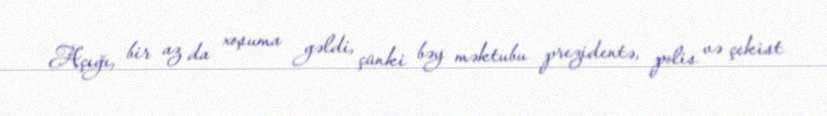
Açığı, bir az da xoşuma gəldi, çünki bəy məktubu prezidentə, polis və çekist